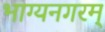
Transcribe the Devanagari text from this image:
भाग्यनगरम्